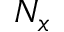
N _ { x }